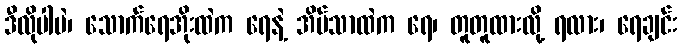
ဒီလိုပါပဲ၊ သောက်ရေအိုးထဲက ရေနဲ့ အိမ်သာထဲက ရေ၊ တူတူထားလို့ ရလား၊ ရေချင်း